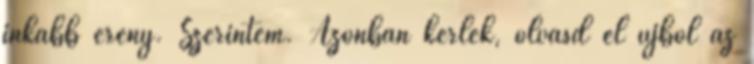
inkább erény. Szerintem. Azonban kérlek, olvasd el újból az